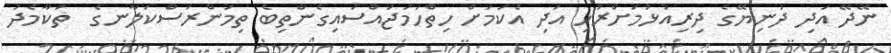
ނޭދޭ އަދި ދުނިޔޭގެ ދިރިއުޅުމަށްރުހި އަދި އެކަމަށް ހިތްހަމަޖައްސައިގެންތިބެ ތިމަންރަސްކަލާނގެ  ތަކާމެދު